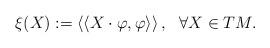
LaTeX: \begin{align*}\xi (X):=\left\langle \left\langle X\cdot \varphi ,\varphi \right\rangle\right\rangle ,~~\forall X\in TM. \end{align*}